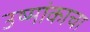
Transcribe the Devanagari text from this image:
उष्मांकाचा